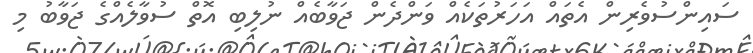
ސައިންސުވެރިން އެތައް އަހަރުތަކެއް ވަންދެން ޖަވާބެއް ނުލިބި އޮތް ސުވާލެއްގެ ޖަވާބު މި